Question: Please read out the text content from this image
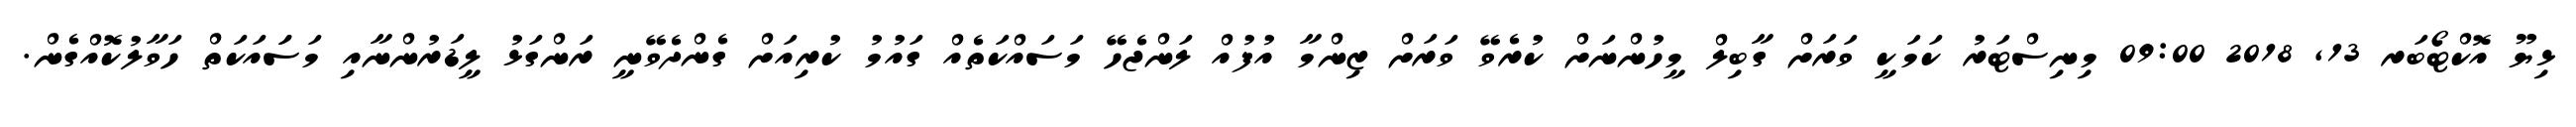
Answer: ޅިޔޫ އޮކްޓޯބަރ 13, 2018 09:00 މިނިސްޓަރު ކަމަކީ ވަރަށް ގާބިލް މީހުންނަށް ކުރެވޭ ވަރަށް ޒިންމާ އުފުއް ލަންޖެހޭ މަސައްކަތެއް ގައުމު ކުރިއަށް ގެންދެވޭނީ ރަންގަޅު ލީޑަރުންނާއި މަސަައަކަތް ހަވާލުކޮއްގެން.